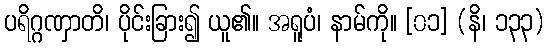
ပရိဂ္ဂဏှာတိ၊ ပိုင်းခြား၍ ယူ၏။ အရူပံ၊ နာမ်ကို။ [၀၁] (နိ၊ ၁၃၃)